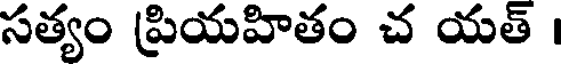
సత్యం ప్రియహితం చ యత్ ।